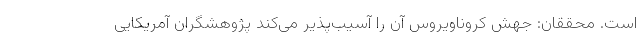
است. محققان: جهش کروناویروس آن را آسیب‌پذیر می‌کند پژوهشگران آمریکایی